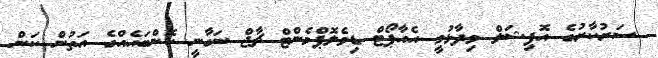
ސަރުކާރުގެ އޮފިޝަލް ވިދާޅުވީ އެއާޕޯޓް ޑިވެލޮޕްމެންޓް ޗާޖް ނަގާނީ ކޮންބައެއްގެ އަތުން ކަން